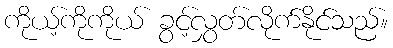
ကိုယ့်ကိုကိုယ် ခွင့်လွှတ်လိုက်နိုင်သည်။